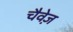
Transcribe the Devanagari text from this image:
चैवेज़